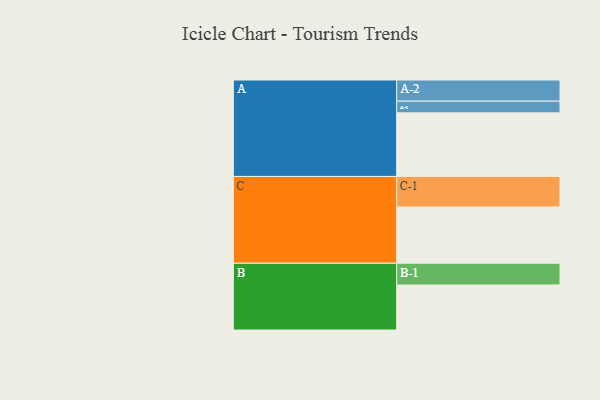
{"axis": {"x": "Segment", "y": "Value"}, "legend": ["", "A", "B", "C"], "data": [{"x": "A", "y": 527, "type": ""}, {"x": "B", "y": 373, "type": ""}, {"x": "C", "y": 466, "type": ""}, {"x": "A-1", "y": 97, "type": "A"}, {"x": "A-2", "y": 175, "type": "A"}, {"x": "B-1", "y": 180, "type": "B"}, {"x": "C-1", "y": 253, "type": "C"}]}